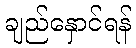
ချည်နှောင်ရန်